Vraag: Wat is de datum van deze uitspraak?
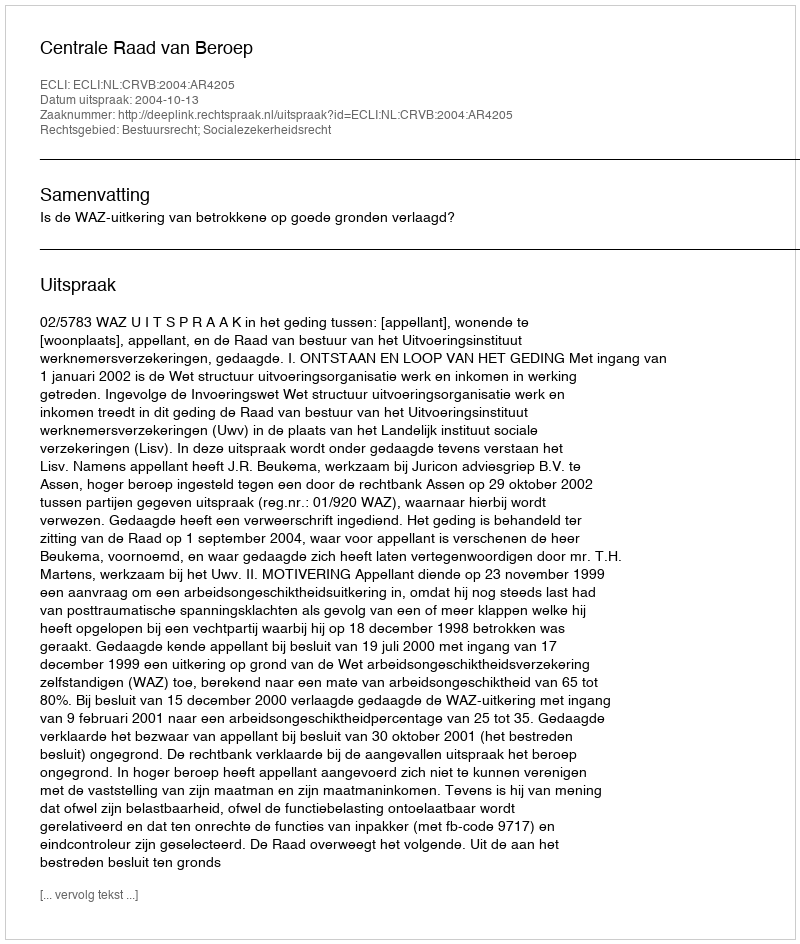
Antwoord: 2004-10-13